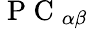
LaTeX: \mathrm{~P~C~}_{\alpha\beta}